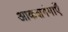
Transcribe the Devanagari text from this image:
आकशगंगाएँ